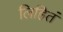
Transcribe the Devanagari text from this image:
लिहितं